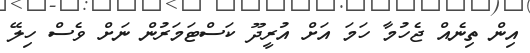
އިން ތިނެއް ޖެހުމާ ހަމަ އަށް އުރީދޫ ކަސްޓަމަރުން ނަށް ވެސް ހިލޭ